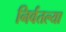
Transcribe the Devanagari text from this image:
निर्वतल्या